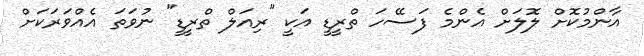
އާންމުކޮށް ލޮލަށް އެންމެ ފަސޭހަ ތްރީޑީ އަކީ "ރިއަލް ތްރީޑީ" ނުވަތަ އެއްވަރަކަށް